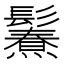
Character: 𩯥